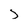
Character: J